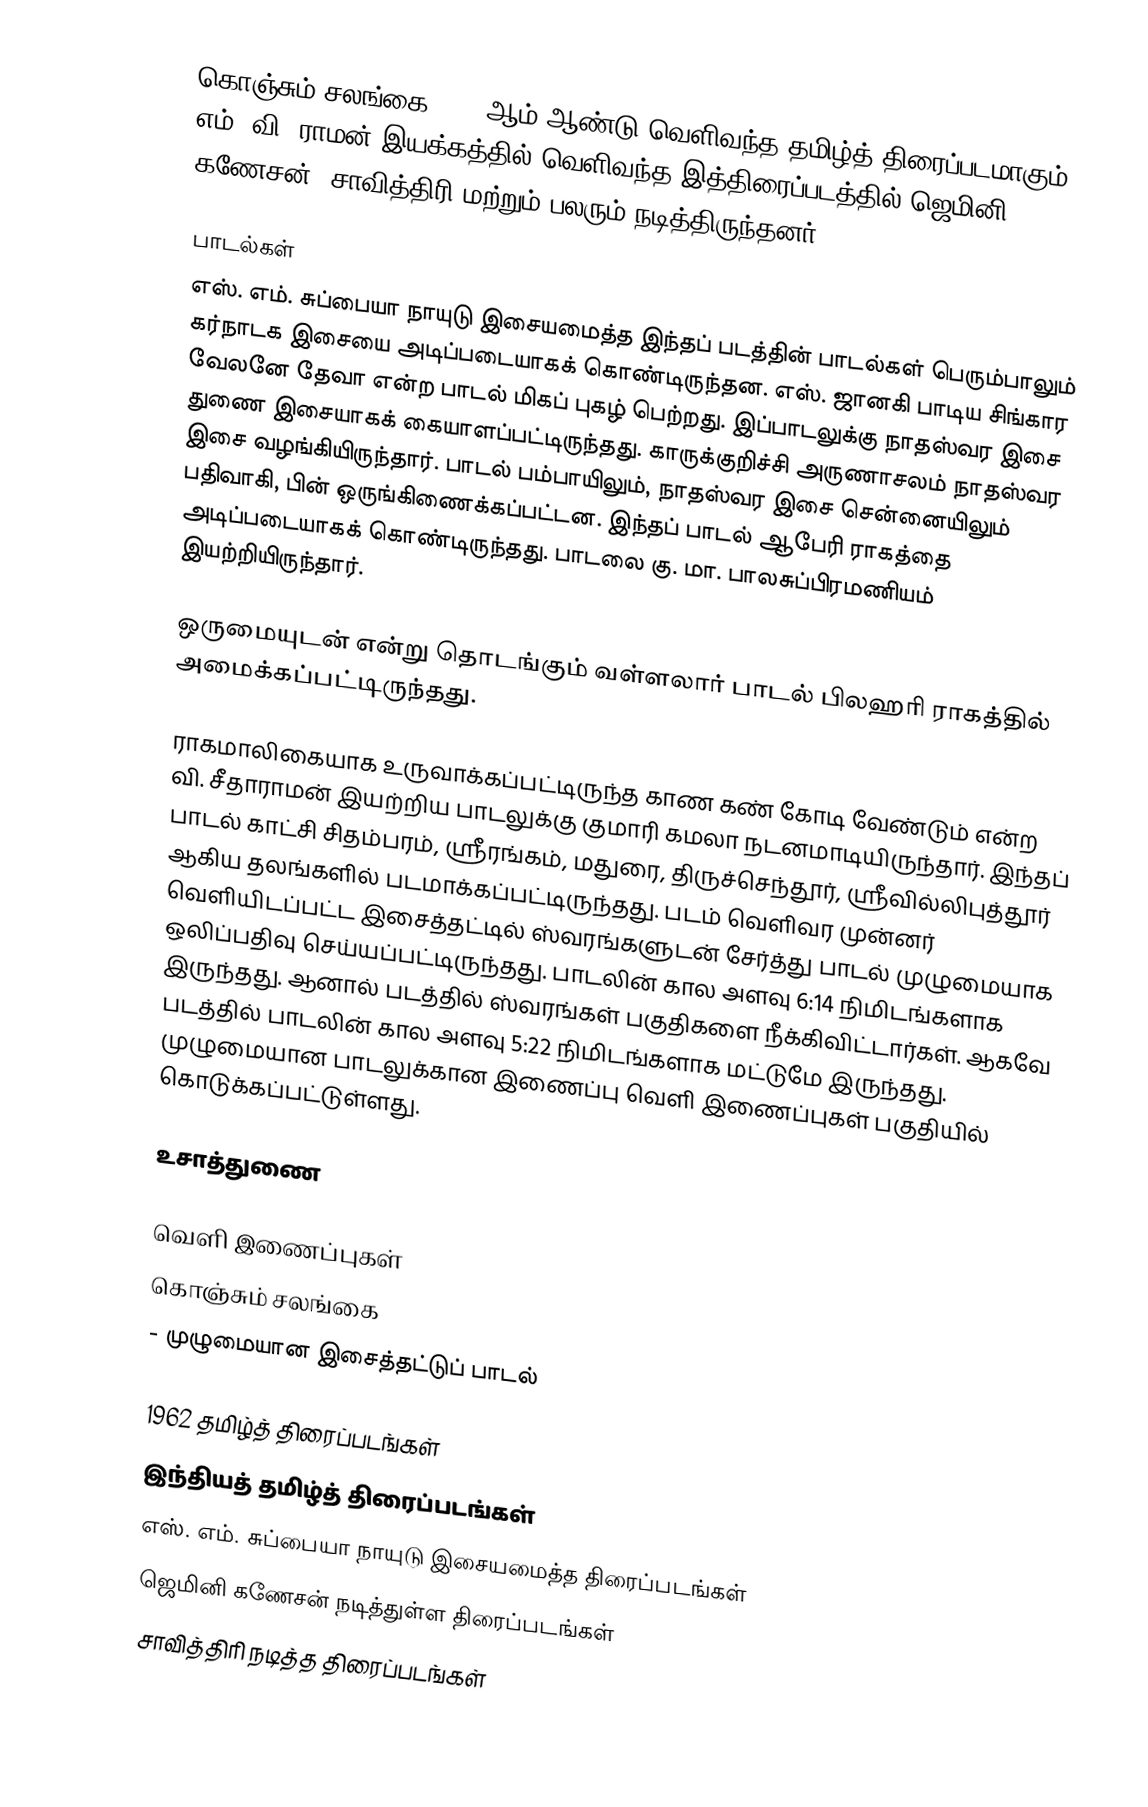
கொஞ்சும் சலங்கை 1962 ஆம் ஆண்டு வெளிவந்த தமிழ்த் திரைப்படமாகும். எம். வி. ராமன் இயக்கத்தில் வெளிவந்த இத்திரைப்படத்தில் ஜெமினி கணேசன், சாவித்திரி மற்றும் பலரும் நடித்திருந்தனர்.

பாடல்கள்
எஸ். எம். சுப்பையா நாயுடு இசையமைத்த இந்தப் படத்தின் பாடல்கள் பெரும்பாலும் கர்நாடக இசையை அடிப்படையாகக் கொண்டிருந்தன. எஸ். ஜானகி பாடிய சிங்கார வேலனே தேவா என்ற பாடல் மிகப் புகழ் பெற்றது. இப்பாடலுக்கு நாதஸ்வர இசை துணை இசையாகக் கையாளப்பட்டிருந்தது. காருக்குறிச்சி அருணாசலம் நாதஸ்வர இசை வழங்கியிருந்தார். பாடல் பம்பாயிலும், நாதஸ்வர இசை சென்னையிலும் பதிவாகி, பின் ஒருங்கிணைக்கப்பட்டன. இந்தப் பாடல் ஆபேரி ராகத்தை அடிப்படையாகக் கொண்டிருந்தது. பாடலை கு. மா. பாலசுப்பிரமணியம் இயற்றியிருந்தார்.

ஒருமையுடன் என்று தொடங்கும் வள்ளலார் பாடல் பிலஹரி ராகத்தில் அமைக்கப்பட்டிருந்தது.

ராகமாலிகையாக உருவாக்கப்பட்டிருந்த காண கண் கோடி வேண்டும் என்ற வி. சீதாராமன் இயற்றிய பாடலுக்கு குமாரி கமலா நடனமாடியிருந்தார். இந்தப் பாடல் காட்சி சிதம்பரம், ஸ்ரீரங்கம், மதுரை, திருச்செந்தூர், ஸ்ரீவில்லிபுத்தூர் ஆகிய தலங்களில் படமாக்கப்பட்டிருந்தது. படம் வெளிவர முன்னர் வெளியிடப்பட்ட இசைத்தட்டில் ஸ்வரங்களுடன் சேர்த்து பாடல் முழுமையாக ஒலிப்பதிவு செய்யப்பட்டிருந்தது. பாடலின் கால அளவு 6:14 நிமிடங்களாக இருந்தது. ஆனால் படத்தில் ஸ்வரங்கள் பகுதிகளை நீக்கிவிட்டார்கள். ஆகவே படத்தில் பாடலின் கால அளவு 5:22 நிமிடங்களாக மட்டுமே இருந்தது. முழுமையான பாடலுக்கான இணைப்பு வெளி இணைப்புகள் பகுதியில் கொடுக்கப்பட்டுள்ளது.

உசாத்துணை

வெளி இணைப்புகள்
 கொஞ்சும் சலங்கை
  - முழுமையான இசைத்தட்டுப் பாடல்

1962 தமிழ்த் திரைப்படங்கள்
இந்தியத் தமிழ்த் திரைப்படங்கள்
எஸ். எம். சுப்பையா நாயுடு இசையமைத்த திரைப்படங்கள்
ஜெமினி கணேசன் நடித்துள்ள திரைப்படங்கள்
சாவித்திரி நடித்த திரைப்படங்கள்